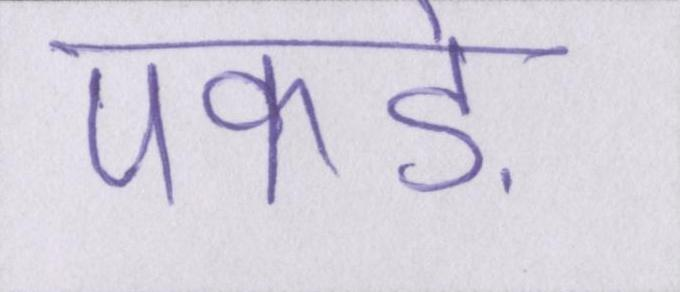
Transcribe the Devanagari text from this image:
पकड़े